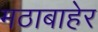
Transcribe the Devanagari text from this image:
मठाबाहेर